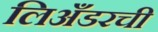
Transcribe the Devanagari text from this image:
लिअँडरची